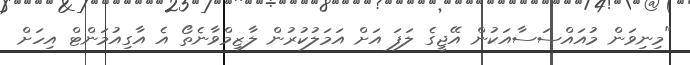
"މިނިވަން މުއައްސަސާއަކުން އޭޖީގެ ލަފަ އަށް އަމަލުކުރުން ލާޒިމްވާނެތޯ އެ އާގިއުމަންޓް އިހަށް